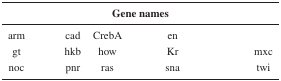
<table><thead><tr><td colspan="9"><b>Gene names</b></td></tr></thead><tbody><tr><td>arm</td><td>[EMPTY_CELL]</td><td>cad</td><td>CrebA</td><td>[EMPTY_CELL]</td><td>en</td><td>[EMPTY_CELL]</td><td>[EMPTY_CELL]</td><td>[EMPTY_CELL]</td></tr><tr><td>gt</td><td>[EMPTY_CELL]</td><td>hkb</td><td>how</td><td>[EMPTY_CELL]</td><td>Kr</td><td>[EMPTY_CELL]</td><td>[EMPTY_CELL]</td><td>mxc</td></tr><tr><td>noc</td><td>[EMPTY_CELL]</td><td>pnr</td><td>ras</td><td>[EMPTY_CELL]</td><td>sna</td><td>[EMPTY_CELL]</td><td>[EMPTY_CELL]</td><td>twi</td></tr></tbody></table>